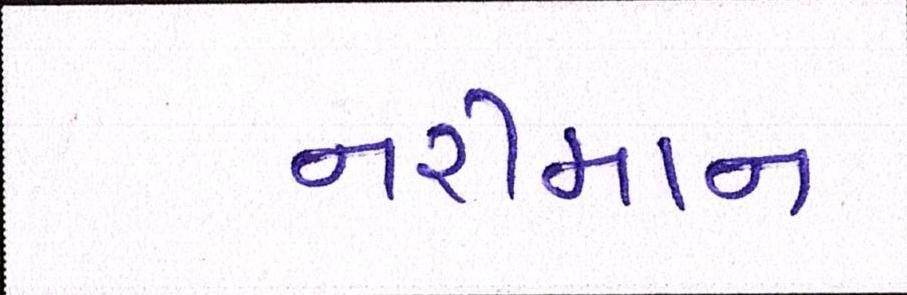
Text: નરીમાન